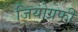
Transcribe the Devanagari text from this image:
जियोग्रफी